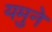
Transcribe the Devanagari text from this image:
यमुने